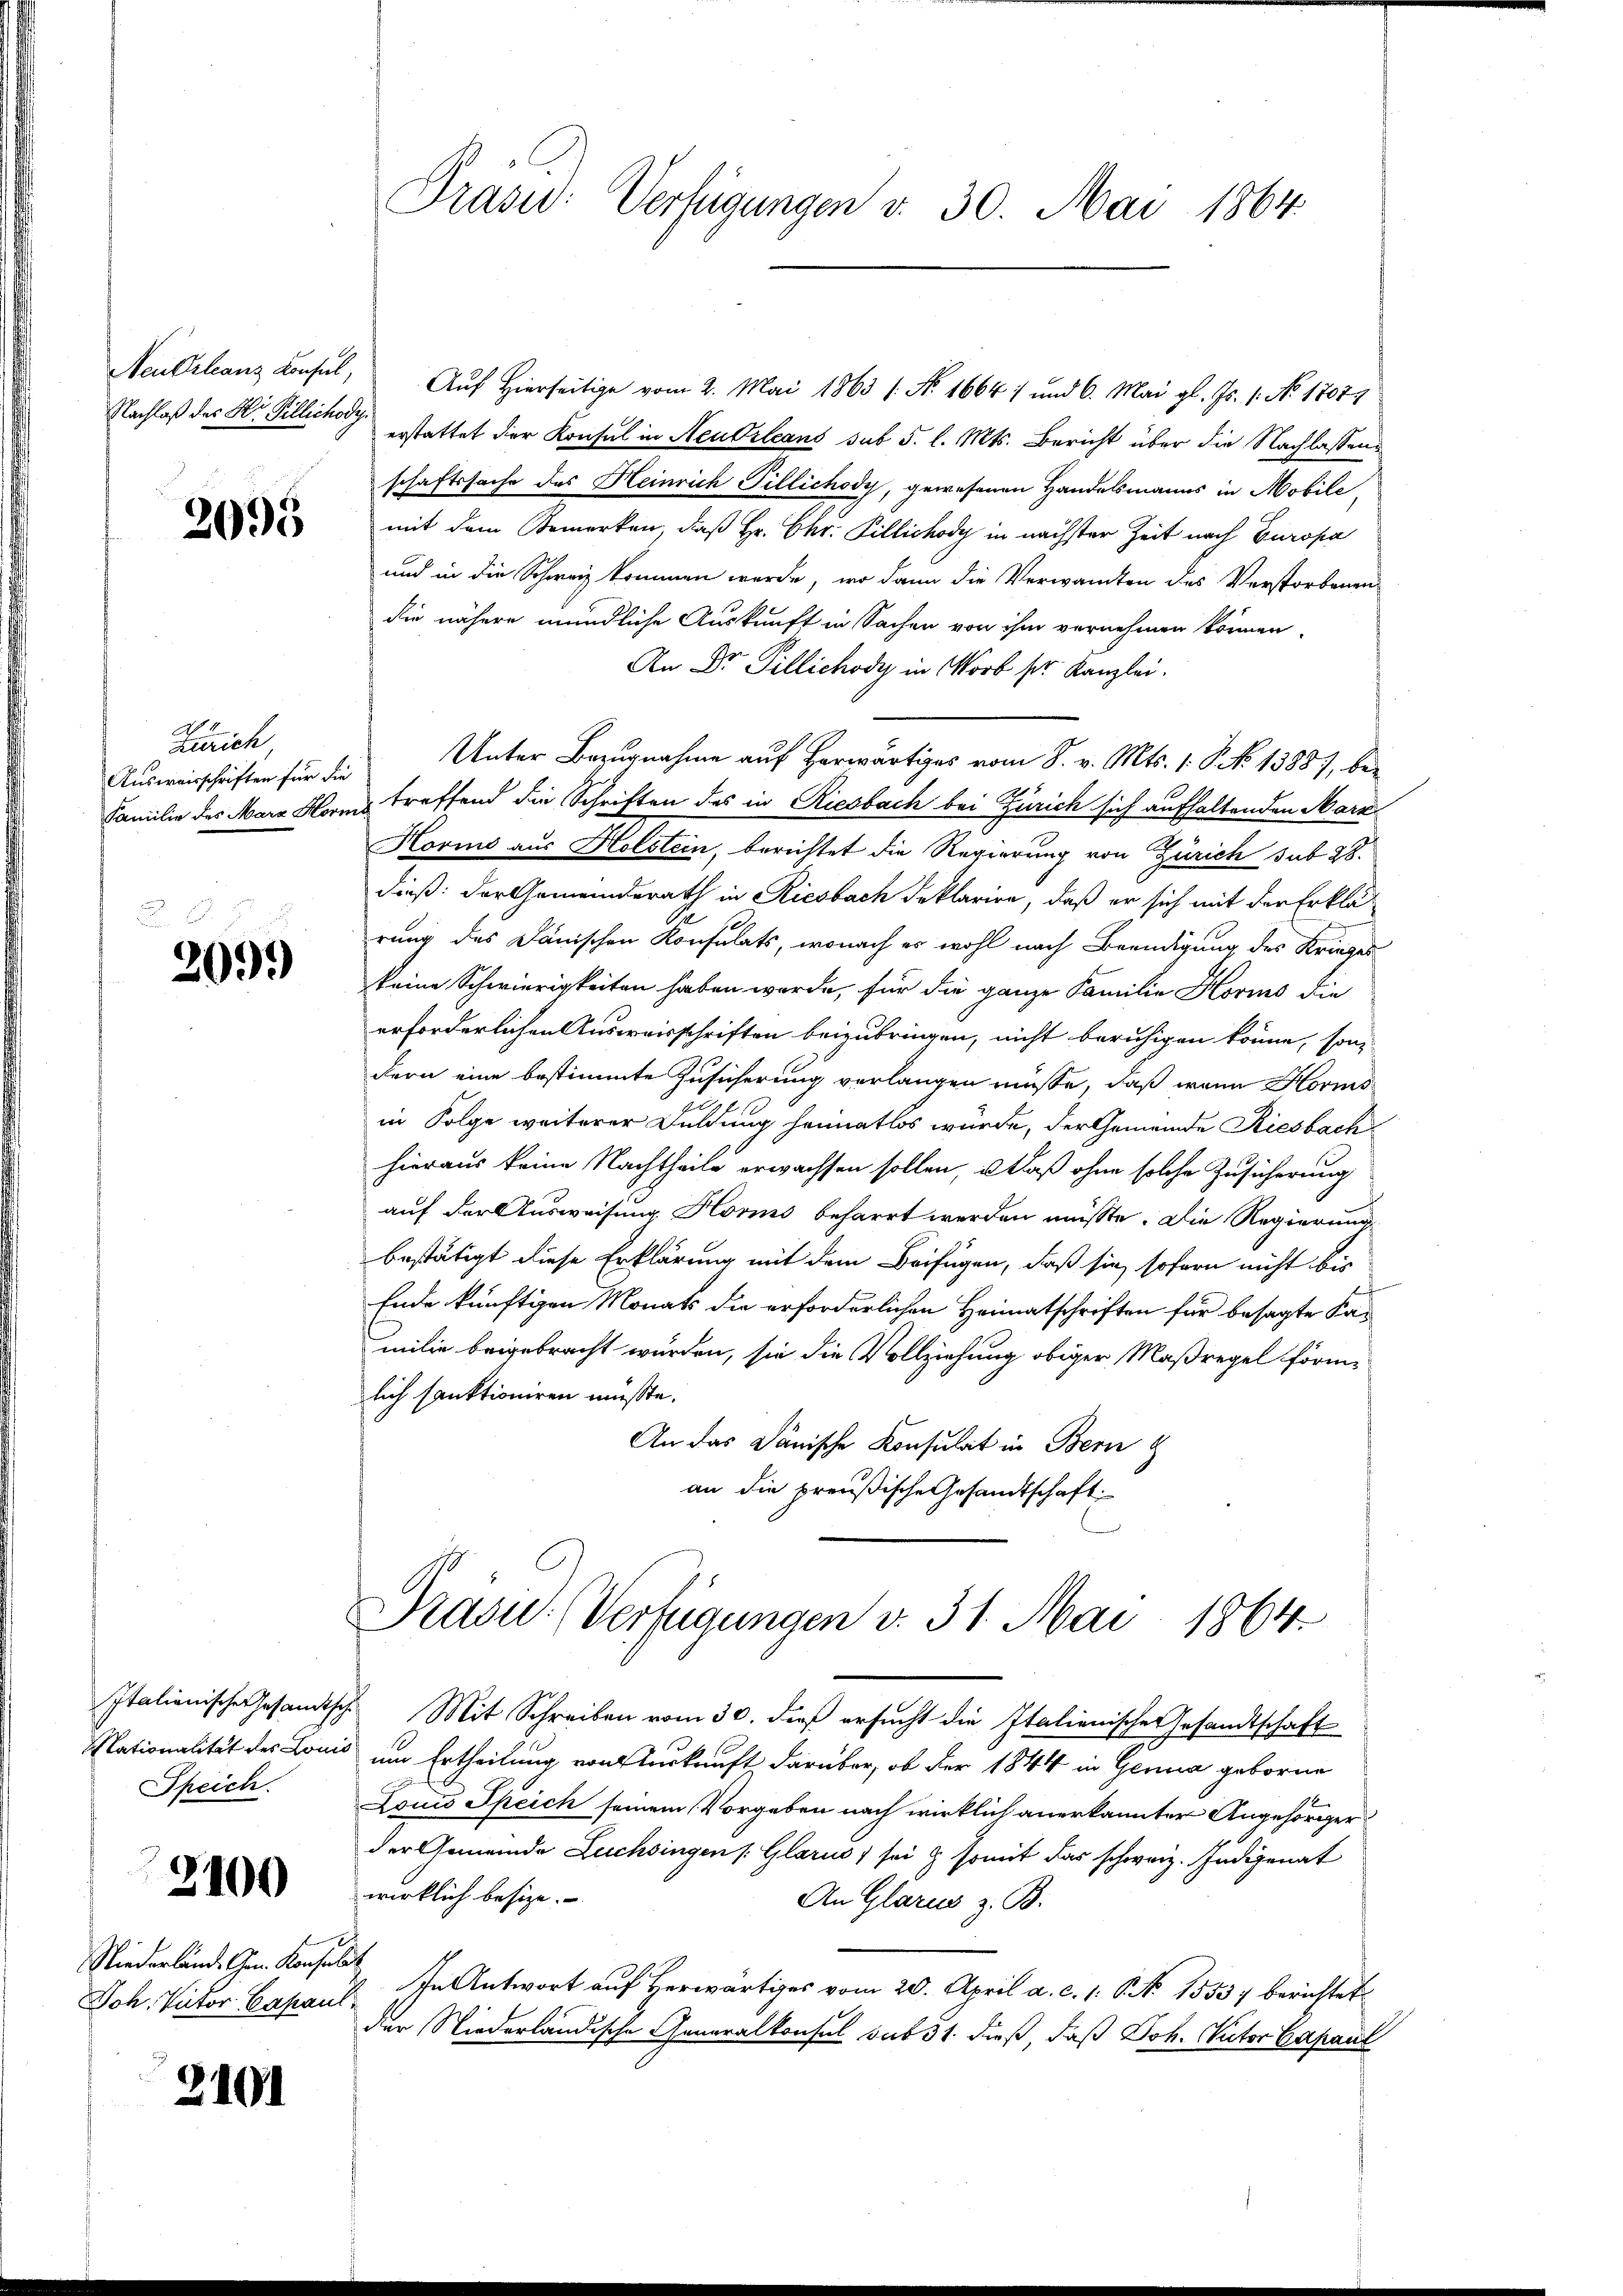
Nachlaß des Hr. Pillichody.

2095

Zürich
Ausweisschriften für die

209.)

Italienischen Gesandtsch
Nationalität des Lom
Speich.

3100

Niederlände Gen. Konsul
Joh. Victor Capaul

2101

Neu Orleanz Konsul, Auf Hierseitige vom 2. Mai 1863 s. No. 1664 1 und 6. Mai gl. Js. 1. No 17071
erstattet der Konsul in Neu Orleans sub 5. l. Mts. Bericht über die Nachlassens
schaftssache des Heinrich Tillichody, gewesenen Handelsmanns in Mobile,
mit dem Bemerken, daß Hr. Chr. Pillichody in nächster Zeit nach Europa
und in die Schweiz kommen werde, wo dann die Verwandten des Verstorbenen
die nähere mündliche Auskunft in Sachen von ihm vernehmen können.
An Dr Tillichody in Worb ser Kanzlei.
Unter Bezugnahme auf herwärtiges vom 8. v. Mts. 1. P. No 13887, be¬
Familie des Mara Horns treffend die Schriften des in Riesbach bei Zürich sich aufhaltenden Mark
Horins aus Holstein, berichtet die Regierung von Zürich sub 28.
dieß: der Gemeinderath in Riesbach deklarire, daß er sich mit der Erklä-
rung des Dänischen Konsulats, wonach es wohl nach Beendigung des Krieger
keine Schwierigkeiten haben werde, für die ganze Familie Korio die
erforderlichen Ausweisschriften beizubringen, nicht beruhigen könne, sondern eine bestimmte Zusicherung verlangen müsse, daß wenn Horms
in Folge weiterer Duldung heimatlos würde, der Gemeinde Riesbach
hieraus keine Nachtheile erwachsen sollen, u. daß ohne solche Zusicherung
auf der Ausweisung Horis beharrt werden müsste. Die Regierung
bestätigt diese Erklärung mit dem Beifügen, daß sie sofern nicht bis
Ende künftigen Monats die erforderlichen Heimatschriften für besagte Kanmilie beigebracht würden, sie die Vollziehung obiger Maßregel förmlich sanktioniren müßte.
An das Dänische Konsulat in Bern
an die preußische Gesandtschaft

Präsid. Verfügungen v. 30. Mai 1864.

Präsid.: (Verfügungen v. 31. Mai 1864.

Mit Schreiben vom 30. dieß ersucht die Italienische Gesandtschaft
s um Ertheilung von Auskunft darüber, ob der 1844 in Genua geborne
Louis Speich seinem Vorgeben nach wirklich anerkannter Angehöriger
der Gemeinde Züchsingen (Glarus, sei & somit das schweiz. Judigenat
wirklich besize.
An Glarus z. B.
d
& In Antwort auf Herwärtiges vom 20. April a. c. s. S. 1553 berichtet
der Niederländische Generalkonsul sub 31. dieß, daß Joh. Rector Capaul